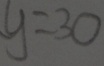
y = 3 0